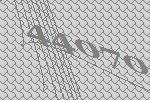
44070